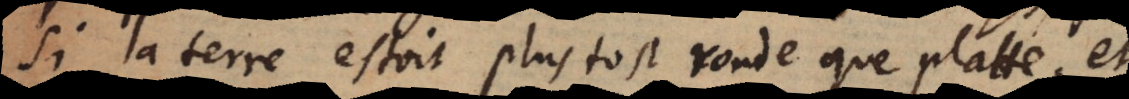
si la terre estoit plustost ronde que platte, et